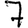
Digit: 7